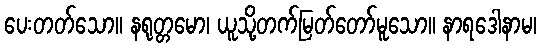
ပေးတတ်သော။ နရုတ္တမော၊ ယူသို့တက်မြတ်တော်မူသော။ နာရဒေါနာမ၊